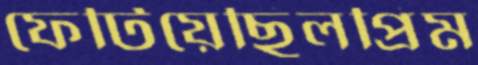
ফেটিয়েছিলপ্রিম